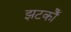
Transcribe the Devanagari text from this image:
झटकोँ